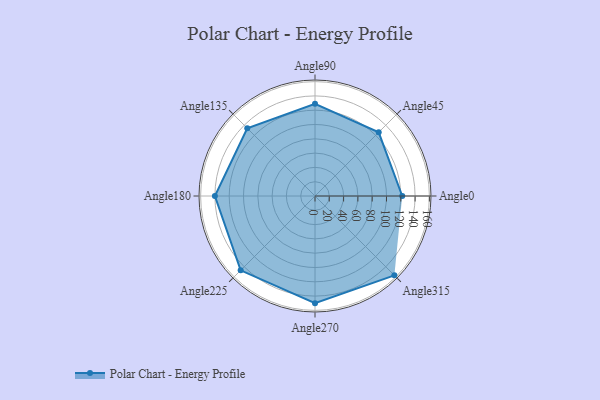
{"axis": {"x": "Angle", "y": "Radius"}, "legend": [""], "data": [{"x": "Angle0", "y": 122.0, "type": ""}, {"x": "Angle45", "y": 126.0, "type": ""}, {"x": "Angle90", "y": 129.0, "type": ""}, {"x": "Angle135", "y": 134.0, "type": ""}, {"x": "Angle180", "y": 140.0, "type": ""}, {"x": "Angle225", "y": 147.0, "type": ""}, {"x": "Angle270", "y": 150.0, "type": ""}, {"x": "Angle315", "y": 157.0, "type": ""}]}